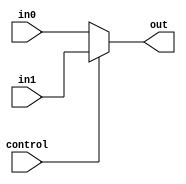
module Multiplexer5 (
    input        control,
    input  [4:0] in1,
    input  [4:0] in0,
    
    output [4:0] out
);

    // 5
    assign out = control ? in1 : in0;

endmodule